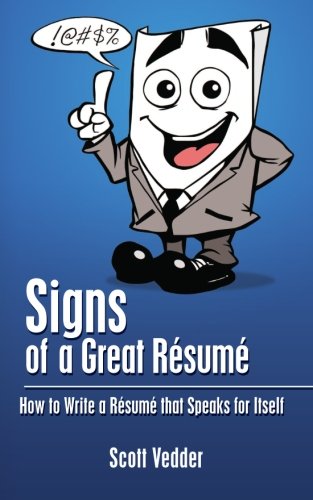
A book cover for Signs of a Great RÃ©sumÃ©: How to Write a RÃ©sumÃ© that Speaks for Itself; Scott Vedder; Business & Money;